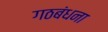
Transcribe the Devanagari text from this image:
गठबंधना